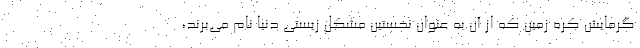
گرمایش کره زمین که از آن به عنوان نخستین مشکل زیستی دنیا نام می‌برند،